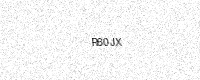
Text: R60JX